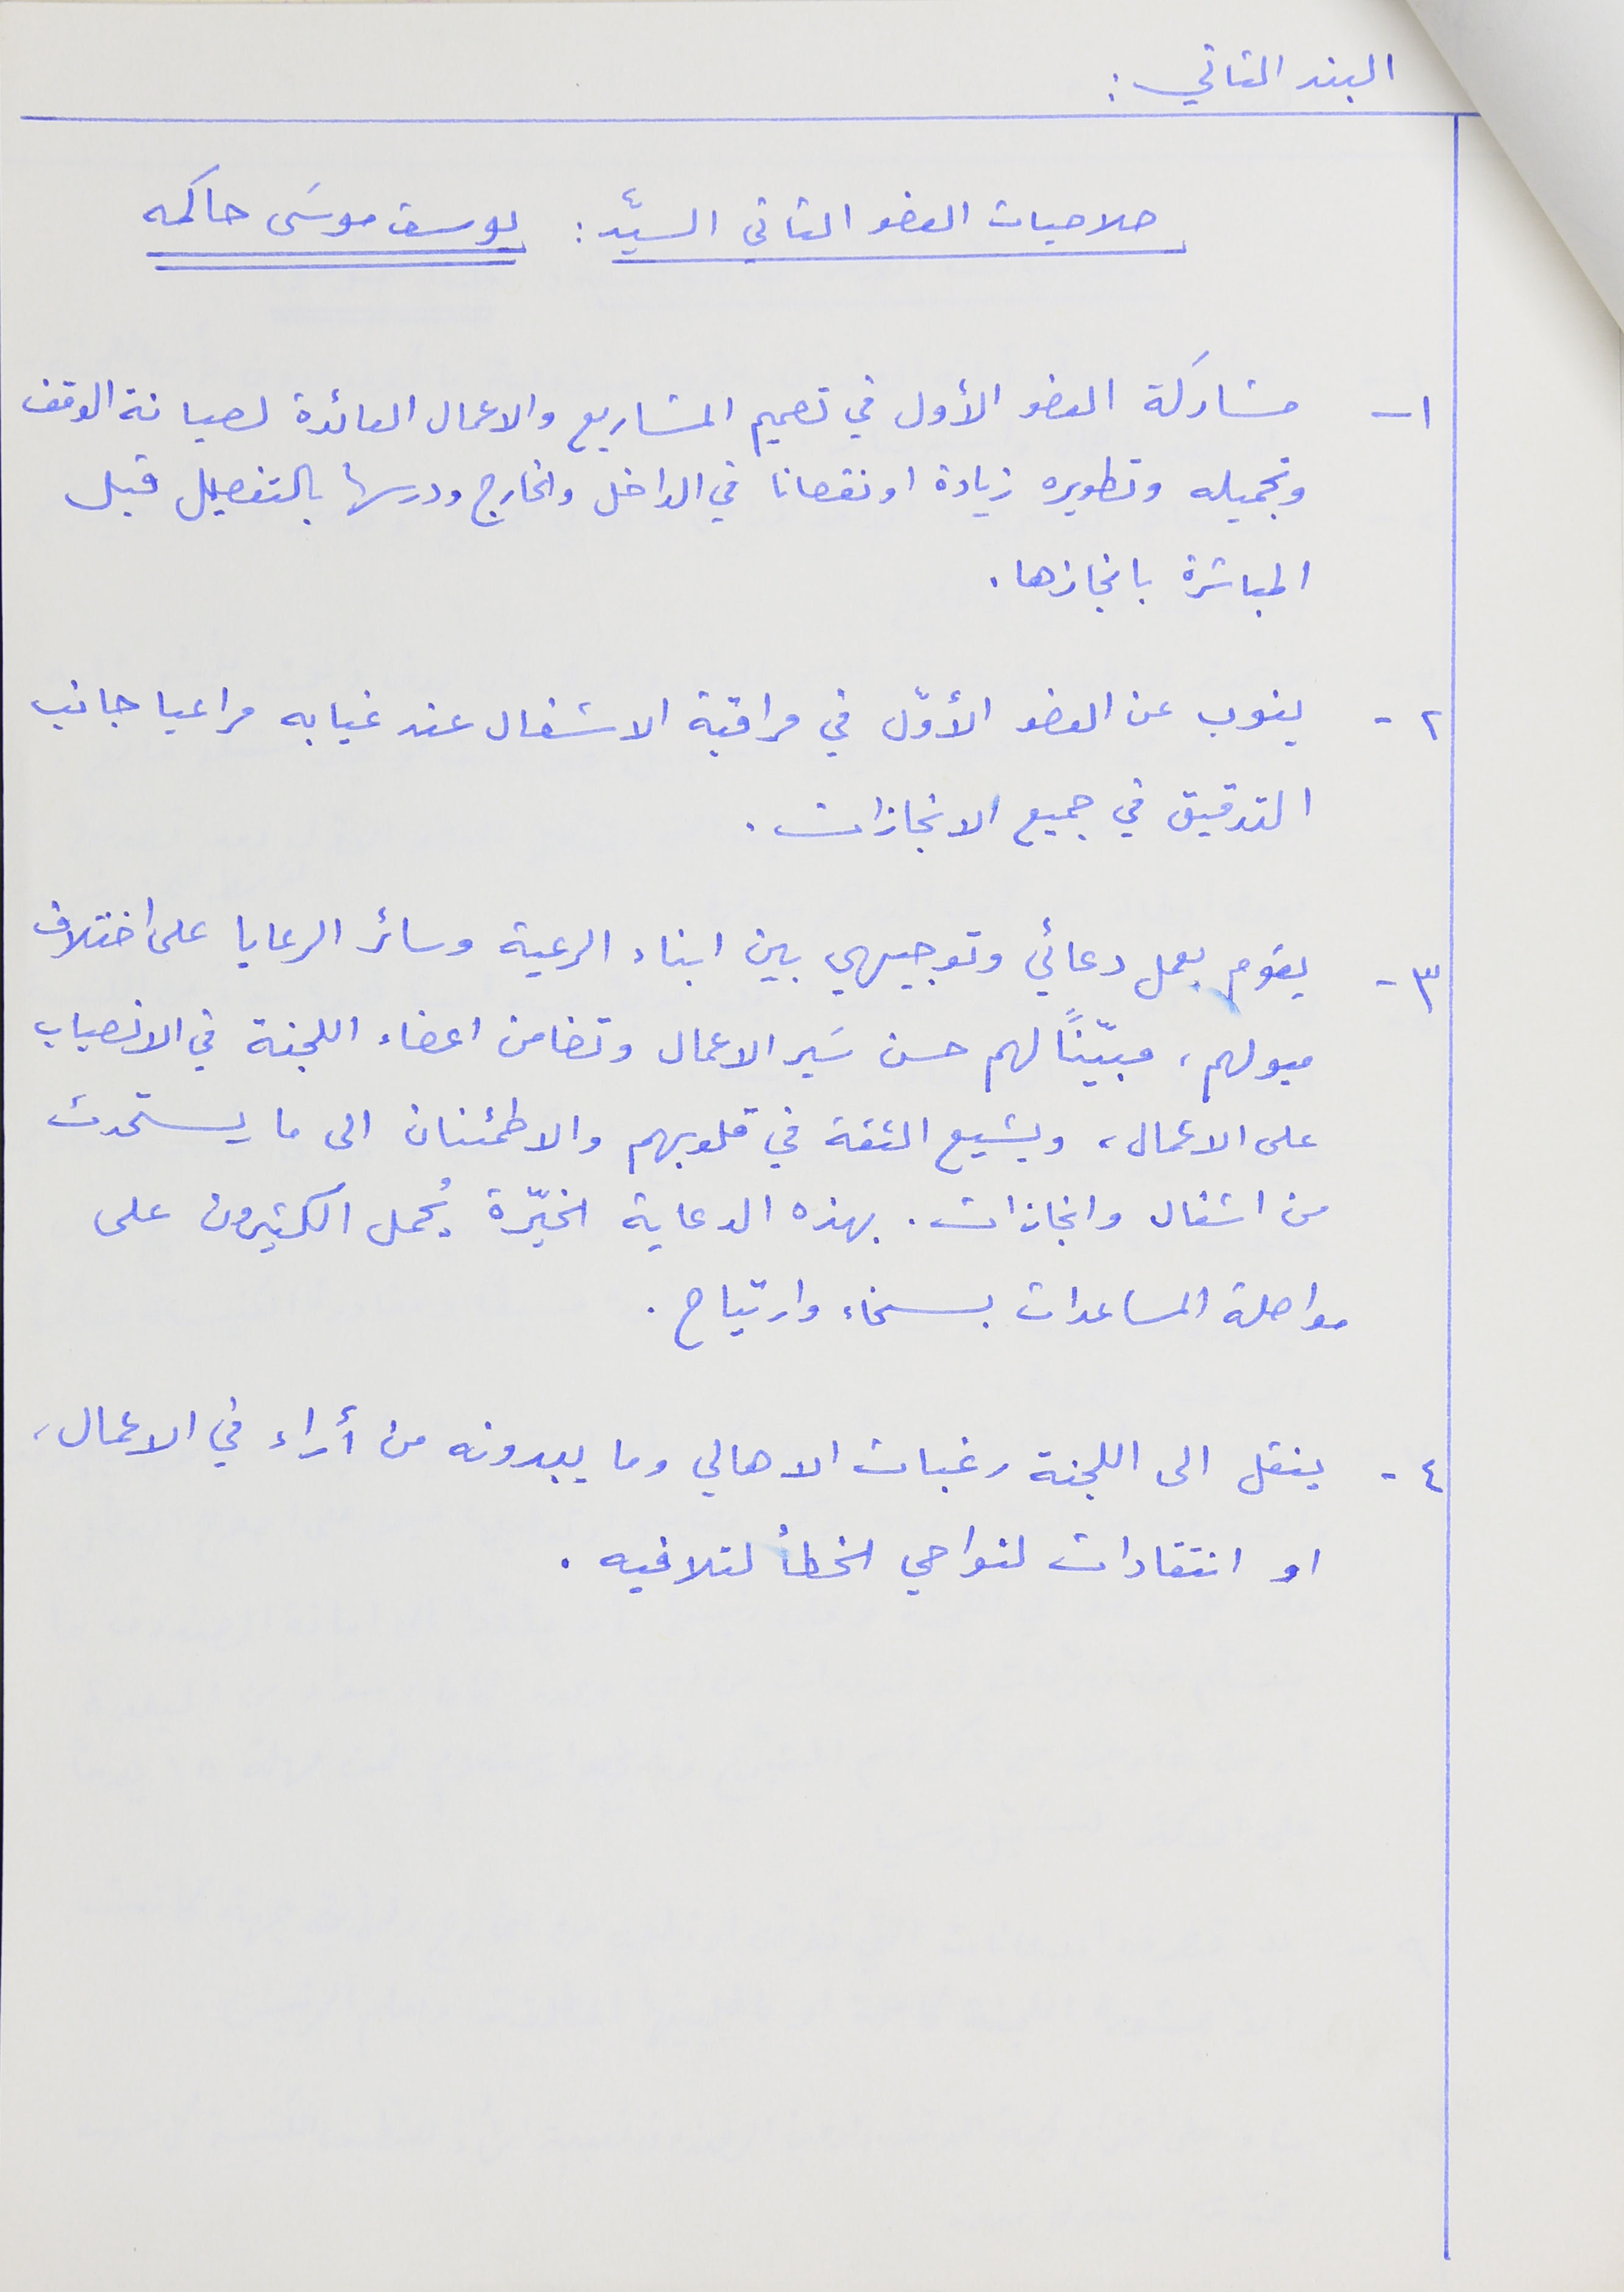
البند الثاني :
صلاحيات العضو الثاني السيّد : يوسف موسَى حاكمه
١- مشاركة العضو الأول في تصميم المشاريع والاعمال العائدة لصيانة الوقف
وتجميله وتطويره زيادة او نقصانا في الداخل والخارج ودرسها بالتفصيل قبل
المباشرة بانجازها .
٢ - ينوب عن العضو الأوّل في مراقبة الاشغال عند غيابه مراعيا جانب
التدقيق في جميع الانجازات .
٣ - يقوم بعمل دعائي وتوجيهي بين ابناء الرعية وسائر الرعايا على اختلاف
ميولهم، مبيّنًا لهم حسن سَير الاعمال وتضامن اعضاء اللجنة في الانصباب
على الاعمال، ويشيع الثقة في قلوبهم والاطمئنان الى ما يستحدث
من اشغال وانجازات. بهذه الدعاية الخيّرة يُحمل الكثيرون على
مواصلة المساعدات بسخاء وارتياح .
٤ - ينقل الى اللجنة رغبات الاهالي وما يبدونه من أراء في الاعمال،
او انتقادات لنواحي الخطأ لتلافيه .